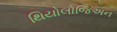
થિયોલોજિઅન